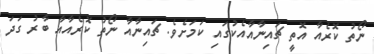
ނޯތު ކޮރެއާ އޮތީ ޗައިނާއާއެކުގައި ކަމަށެވެ. ޗައިނާއާ ނޯތު ކޮރެއާއާ ބާރު ގަދަ